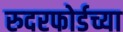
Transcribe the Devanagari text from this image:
रुदरफोर्डच्या